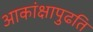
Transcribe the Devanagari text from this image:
आकांक्षापुढति